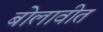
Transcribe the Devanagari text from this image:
बोलावीत